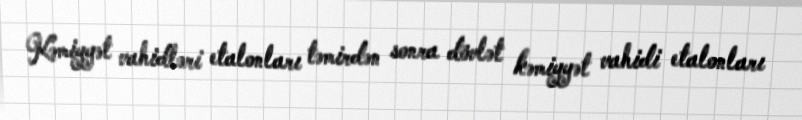
Kəmiyyət vahidləri etalonları təmirdən sonra dövlət kəmiyyət vahidi etalonları